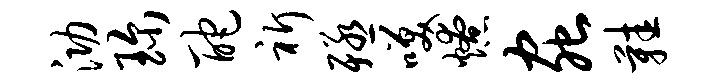
泐珍酡祈殛笑燎虫鞋